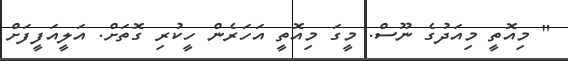
" މިއޮތީ މިއަދުގެ ނޫސް. މީގަ މިއޮތީ އަހަރެން ހީކުރި ގޮތަށް. އަލީއަފީފަށް